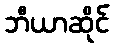
ဘီယာဆိုင်